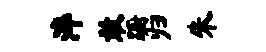
淬敢蹰归朱